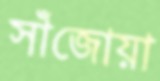
সাঁজোয়া